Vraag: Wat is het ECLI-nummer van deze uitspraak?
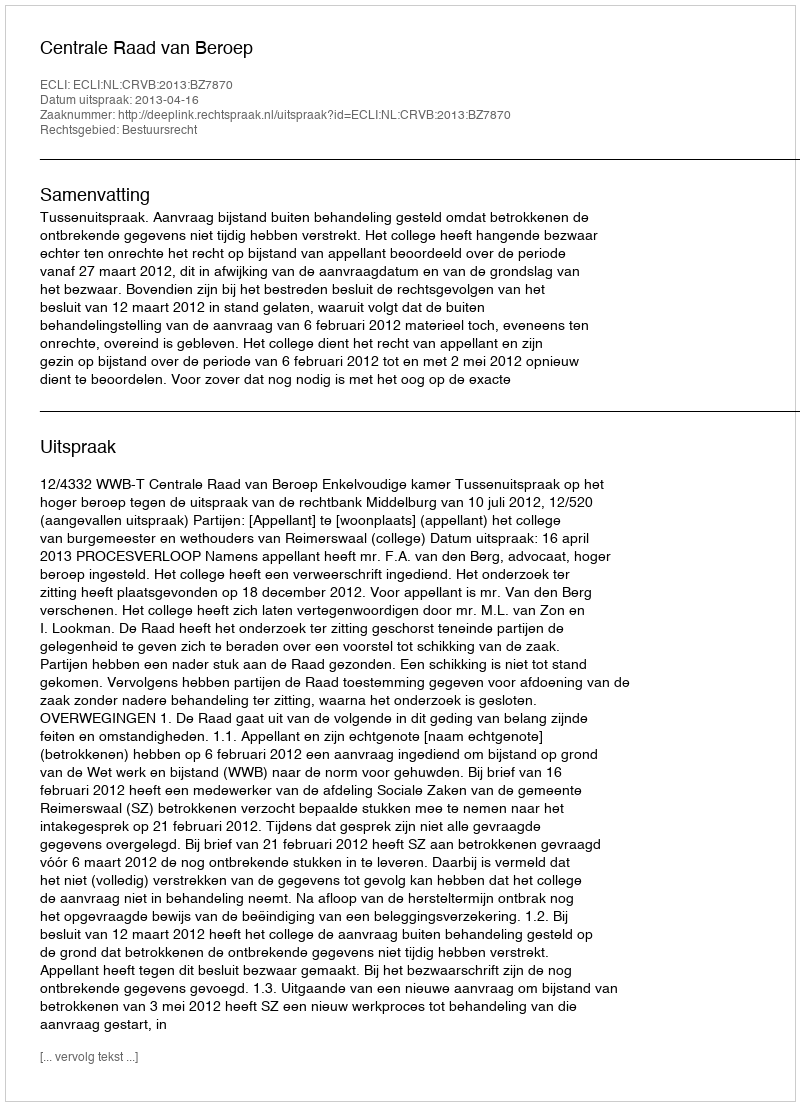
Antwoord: ECLI:NL:CRVB:2013:BZ7870